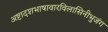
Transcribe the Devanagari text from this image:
अष्टादशभाषावारविलासिनीभुजंग